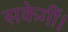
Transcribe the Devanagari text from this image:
सकेगीं।